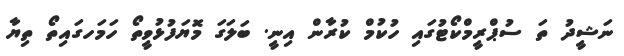
ނަޝީދު ތަ ސުޕްރީމްކޯޓުގައި ހުކުމް ކުރާން އިނީ. ބަލަގަ މޮޔަފުޅުވީތޯ ހަމަހގައިތޯ ތިޔާ